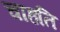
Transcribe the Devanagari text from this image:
चाहति